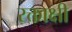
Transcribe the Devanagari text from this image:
रक्ताक्षी